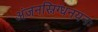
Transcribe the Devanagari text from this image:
अंजनस्निग्धनयनः